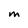
Character: M